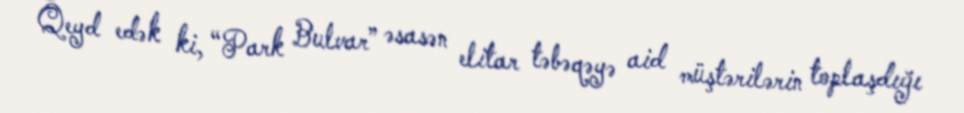
Qeyd edək ki, “Park Bulvar” əsasən elitar təbəqəyə aid müştərilərin toplaşdığı